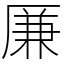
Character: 𠪊